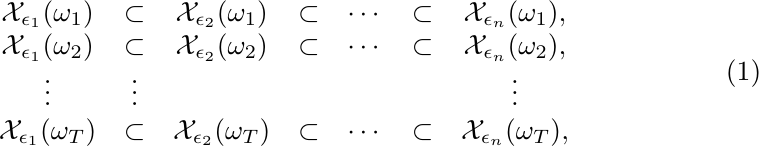
\begin{align}
    \begin{matrix}
        \mathcal{X}_{\epsilon_1}(\omega_1) & \subset & \mathcal{X}_{\epsilon_2}(\omega_1) & \subset & \cdots & \subset & \mathcal{X}_{\epsilon_n}(\omega_1), \\
        \mathcal{X}_{\epsilon_1}(\omega_2) & \subset & \mathcal{X}_{\epsilon_2}(\omega_2) & \subset & \cdots & \subset & \mathcal{X}_{\epsilon_n}(\omega_2), \\
        \vdots & \vdots &  &  &  &  & \vdots \\
        \mathcal{X}_{\epsilon_1}(\omega_T) & \subset & \mathcal{X}_{\epsilon_2}(\omega_T) & \subset & \cdots & \subset & \mathcal{X}_{\epsilon_n}(\omega_T),
    \end{matrix} \label{eq:spectral_filtration}
\end{align}